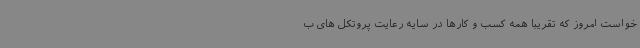
خواست امروز که تقریباً همه کسب و کارها در سایه رعایت پروتکل های ب